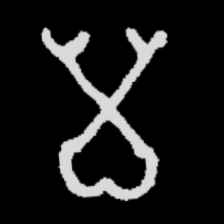
Pyu character \u2014 Myanmar letter: မ (romanized: ma)